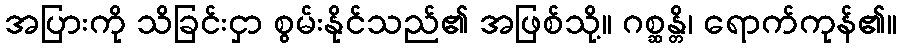
အပြားကို သိခြင်းငှာ စွမ်းနိုင်သည်၏ အဖြစ်သို့။ ဂစ္ဆန္တိ၊ ရောက်ကုန်၏။